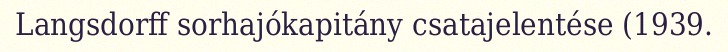
Langsdorff sorhajókapitány csatajelentése (1939.